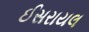
ઈસરાયલ